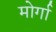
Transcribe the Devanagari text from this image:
मोर्गा